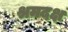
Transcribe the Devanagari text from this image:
श्रमदक्ष